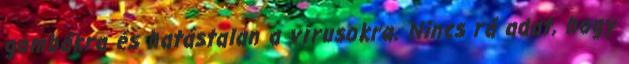
gombákra és hatástalan a vírusokra. Nincs rá adat, hogy